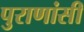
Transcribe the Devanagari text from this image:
पुराणांसी